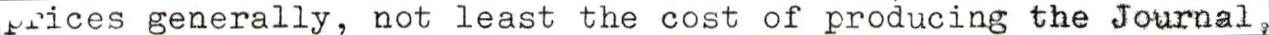
prices generally, not least the cost of producing the Journal ,